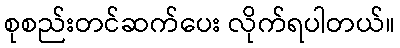
စုစည်းတင်ဆက်ပေး လိုက်ရပါတယ်။